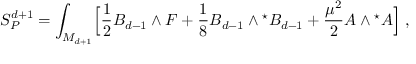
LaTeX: S _ { P } ^ { d + 1 } = \int _ { M _ { d + 1 } } \Bigl [ { \frac { 1 } { 2 } } B _ { d - 1 } \wedge F + { \frac { 1 } { 8 } } B _ { d - 1 } \wedge { } ^ { \star } B _ { d - 1 } + { \frac { \mu ^ { 2 } } { 2 } } A \wedge { } ^ { \star } A \Bigl ] \; ,